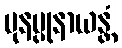
ပုနပ္ပုနာယန္တံ